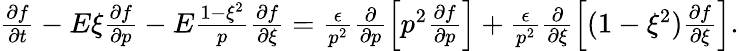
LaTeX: \begin{array}{r}{\frac{\partial f}{\partial t}-E\xi\frac{\partial f}{\partial p}-E\frac{1-\xi^{2}}{p}\frac{\partial f}{\partial\xi}=\frac{\epsilon}{p^{2}}\frac{\partial}{\partial p}\Big[p^{2}\frac{\partial f}{\partial p}\Big]+\frac{\epsilon}{p^{2}}\frac{\partial}{\partial\xi}\Big[(1-\xi^{2})\frac{\partial f}{\partial\xi}\Big].}\end{array}